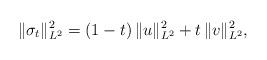
LaTeX: \begin{align*}\|\sigma_t\|^2_{L^2}=(1-t)\, \|u\|_{L^2}^2+t\, \|v\|^2_{L^2},\end{align*}